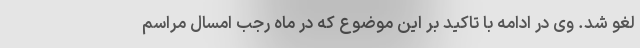
لغو شد. وی در ادامه با تاکید بر این موضوع که در ماه رجب امسال مراسم